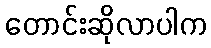
တောင်းဆိုလာပါက